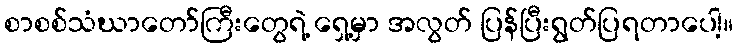
စာစစ်သံဃာတော်ကြီးတွေရဲ့ ရှေ့မှာ အလွတ် ပြန်ပြီးရွတ်ပြရတာပေါ့။